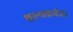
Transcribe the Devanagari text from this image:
शल्यकर्मज।